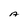
Character: A